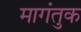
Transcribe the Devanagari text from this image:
मागंतुक